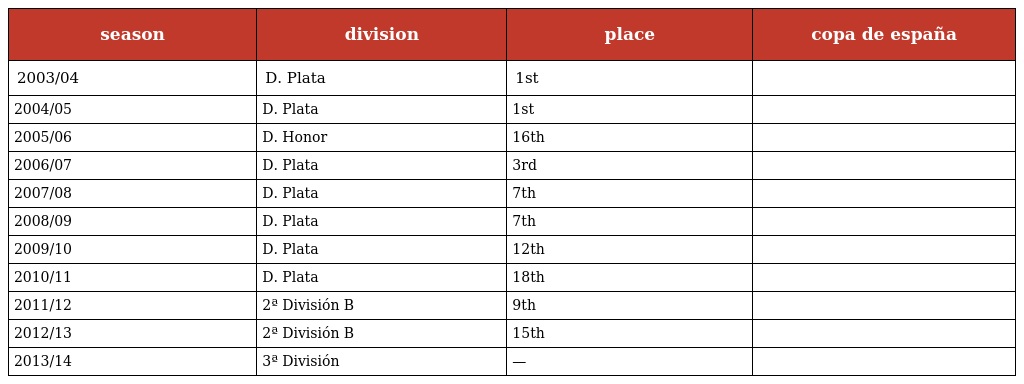
| season | division | place | copa de españa |
 | --- | --- | --- | --- |
 | 2003/04 | D. Plata | 1st |  |
 | 2004/05 | D. Plata | 1st |  |
 | 2005/06 | D. Honor | 16th |  |
 | 2006/07 | D. Plata | 3rd |  |
 | 2007/08 | D. Plata | 7th |  |
 | 2008/09 | D. Plata | 7th |  |
 | 2009/10 | D. Plata | 12th |  |
 | 2010/11 | D. Plata | 18th |  |
 | 2011/12 | 2ª División B | 9th |  |
 | 2012/13 | 2ª División B | 15th |  |
 | 2013/14 | 3ª División | — |  |